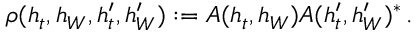
\rho ( h _ { t } , h _ { W } , h _ { t } ^ { \prime } , h _ { W } ^ { \prime } ) : = A ( h _ { t } , h _ { W } ) A ( h _ { t } ^ { \prime } , h _ { W } ^ { \prime } ) ^ { \ast } \, .